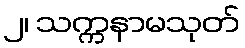
၂၊ သက္ကနာမသုတ်